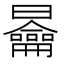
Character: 𭨣